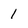
Character: 1